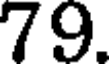
79.